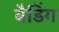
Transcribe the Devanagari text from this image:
बैडिंग